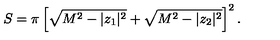
S = \pi \left[ \sqrt { M ^ { 2 } - | z _ { 1 } | ^ { 2 } } + \sqrt { M ^ { 2 } - | z _ { 2 } | ^ { 2 } } \right] ^ { 2 } .